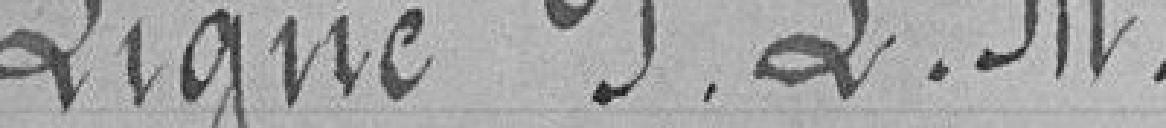
Ligne P&M